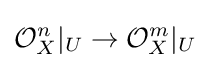
{\mathcal {O}}_{X}^{n}|_{U}\to {\mathcal {O}}_{X}^{m}|_{U}